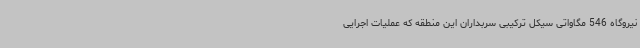
نیروگاه 546 مگاواتی سیکل ترکیبی سربداران این منطقه که عملیات اجرایی